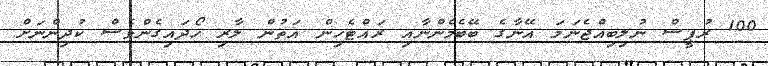
100 ރުޕީސް ނުލިބިއްޖެނަމަ އޭނާގެ ބޭބެމެންނާއި ރައްޓެހިން އަތުން ލާރި ހޯދައިގެންވެސް ކުދިންނަށް